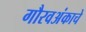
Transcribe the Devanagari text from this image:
गौरवअंकाचे